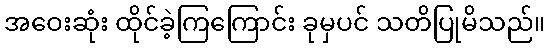
အဝေးဆုံး ထိုင်ခဲ့ကြကြောင်း ခုမှပင် သတိပြုမိသည်။